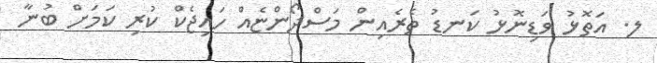
ލ. އަތޮޅު ވަޑިނޮޅު ކަނޑު ތެރެއިން މަސްދޯންޏެއް ހައިޖެކް ކުރި ކަމަށް ބުނާ